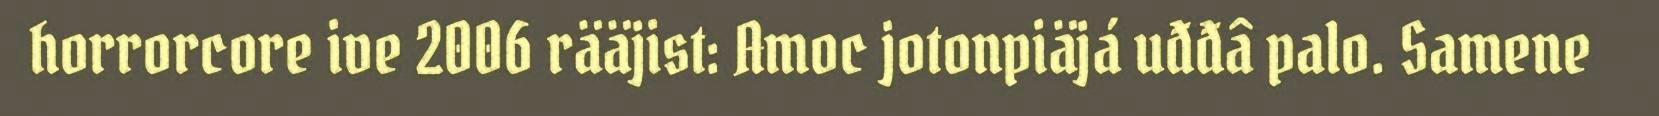
horrorcore ive 2006 rääjist: Amoc jotonpiäjá uđđâ palo. Samene